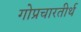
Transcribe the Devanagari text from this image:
गोप्रचारतीर्थ